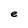
Character: e